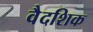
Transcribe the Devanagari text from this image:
वैदशिक